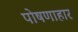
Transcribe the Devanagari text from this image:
पोषणाहार